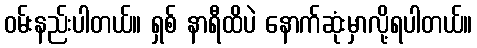
ဝမ်းနည်းပါတယ်။ ရှစ် နာရီထိပဲ နောက်ဆုံးမှာလို့ရပါတယ်။